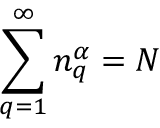
\sum _ { q = 1 } ^ { \infty } { n } _ { q } ^ { \alpha } = N